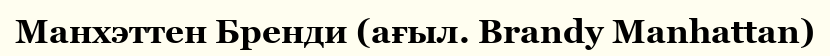
Манхэттен Бренди (ағыл. Brandy Manhattan)